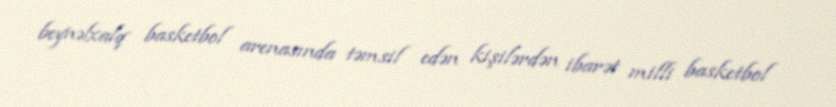
beynəlxalq basketbol arenasında təmsil edən kişilərdən ibarət milli basketbol